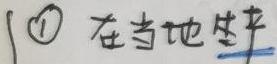
\textcircled{1} 在当地生产